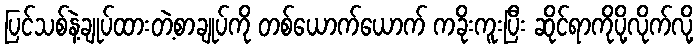
ပြင်သစ်နဲ့ချုပ်ထားတဲ့စာချုပ်ကို တစ်ယောက်ယောက် ကခိုးကူးပြီး ဆိုင်ရာကိုပို့လိုက်လို့